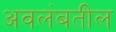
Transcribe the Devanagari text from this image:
अवलंबतील